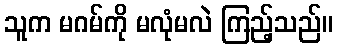
သူက မဂမ်ကို မလုံမလဲ ကြည့်သည်။